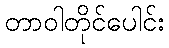
တာဝါတိုင်ပေါင်း